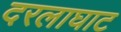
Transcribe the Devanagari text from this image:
दरलाघाट